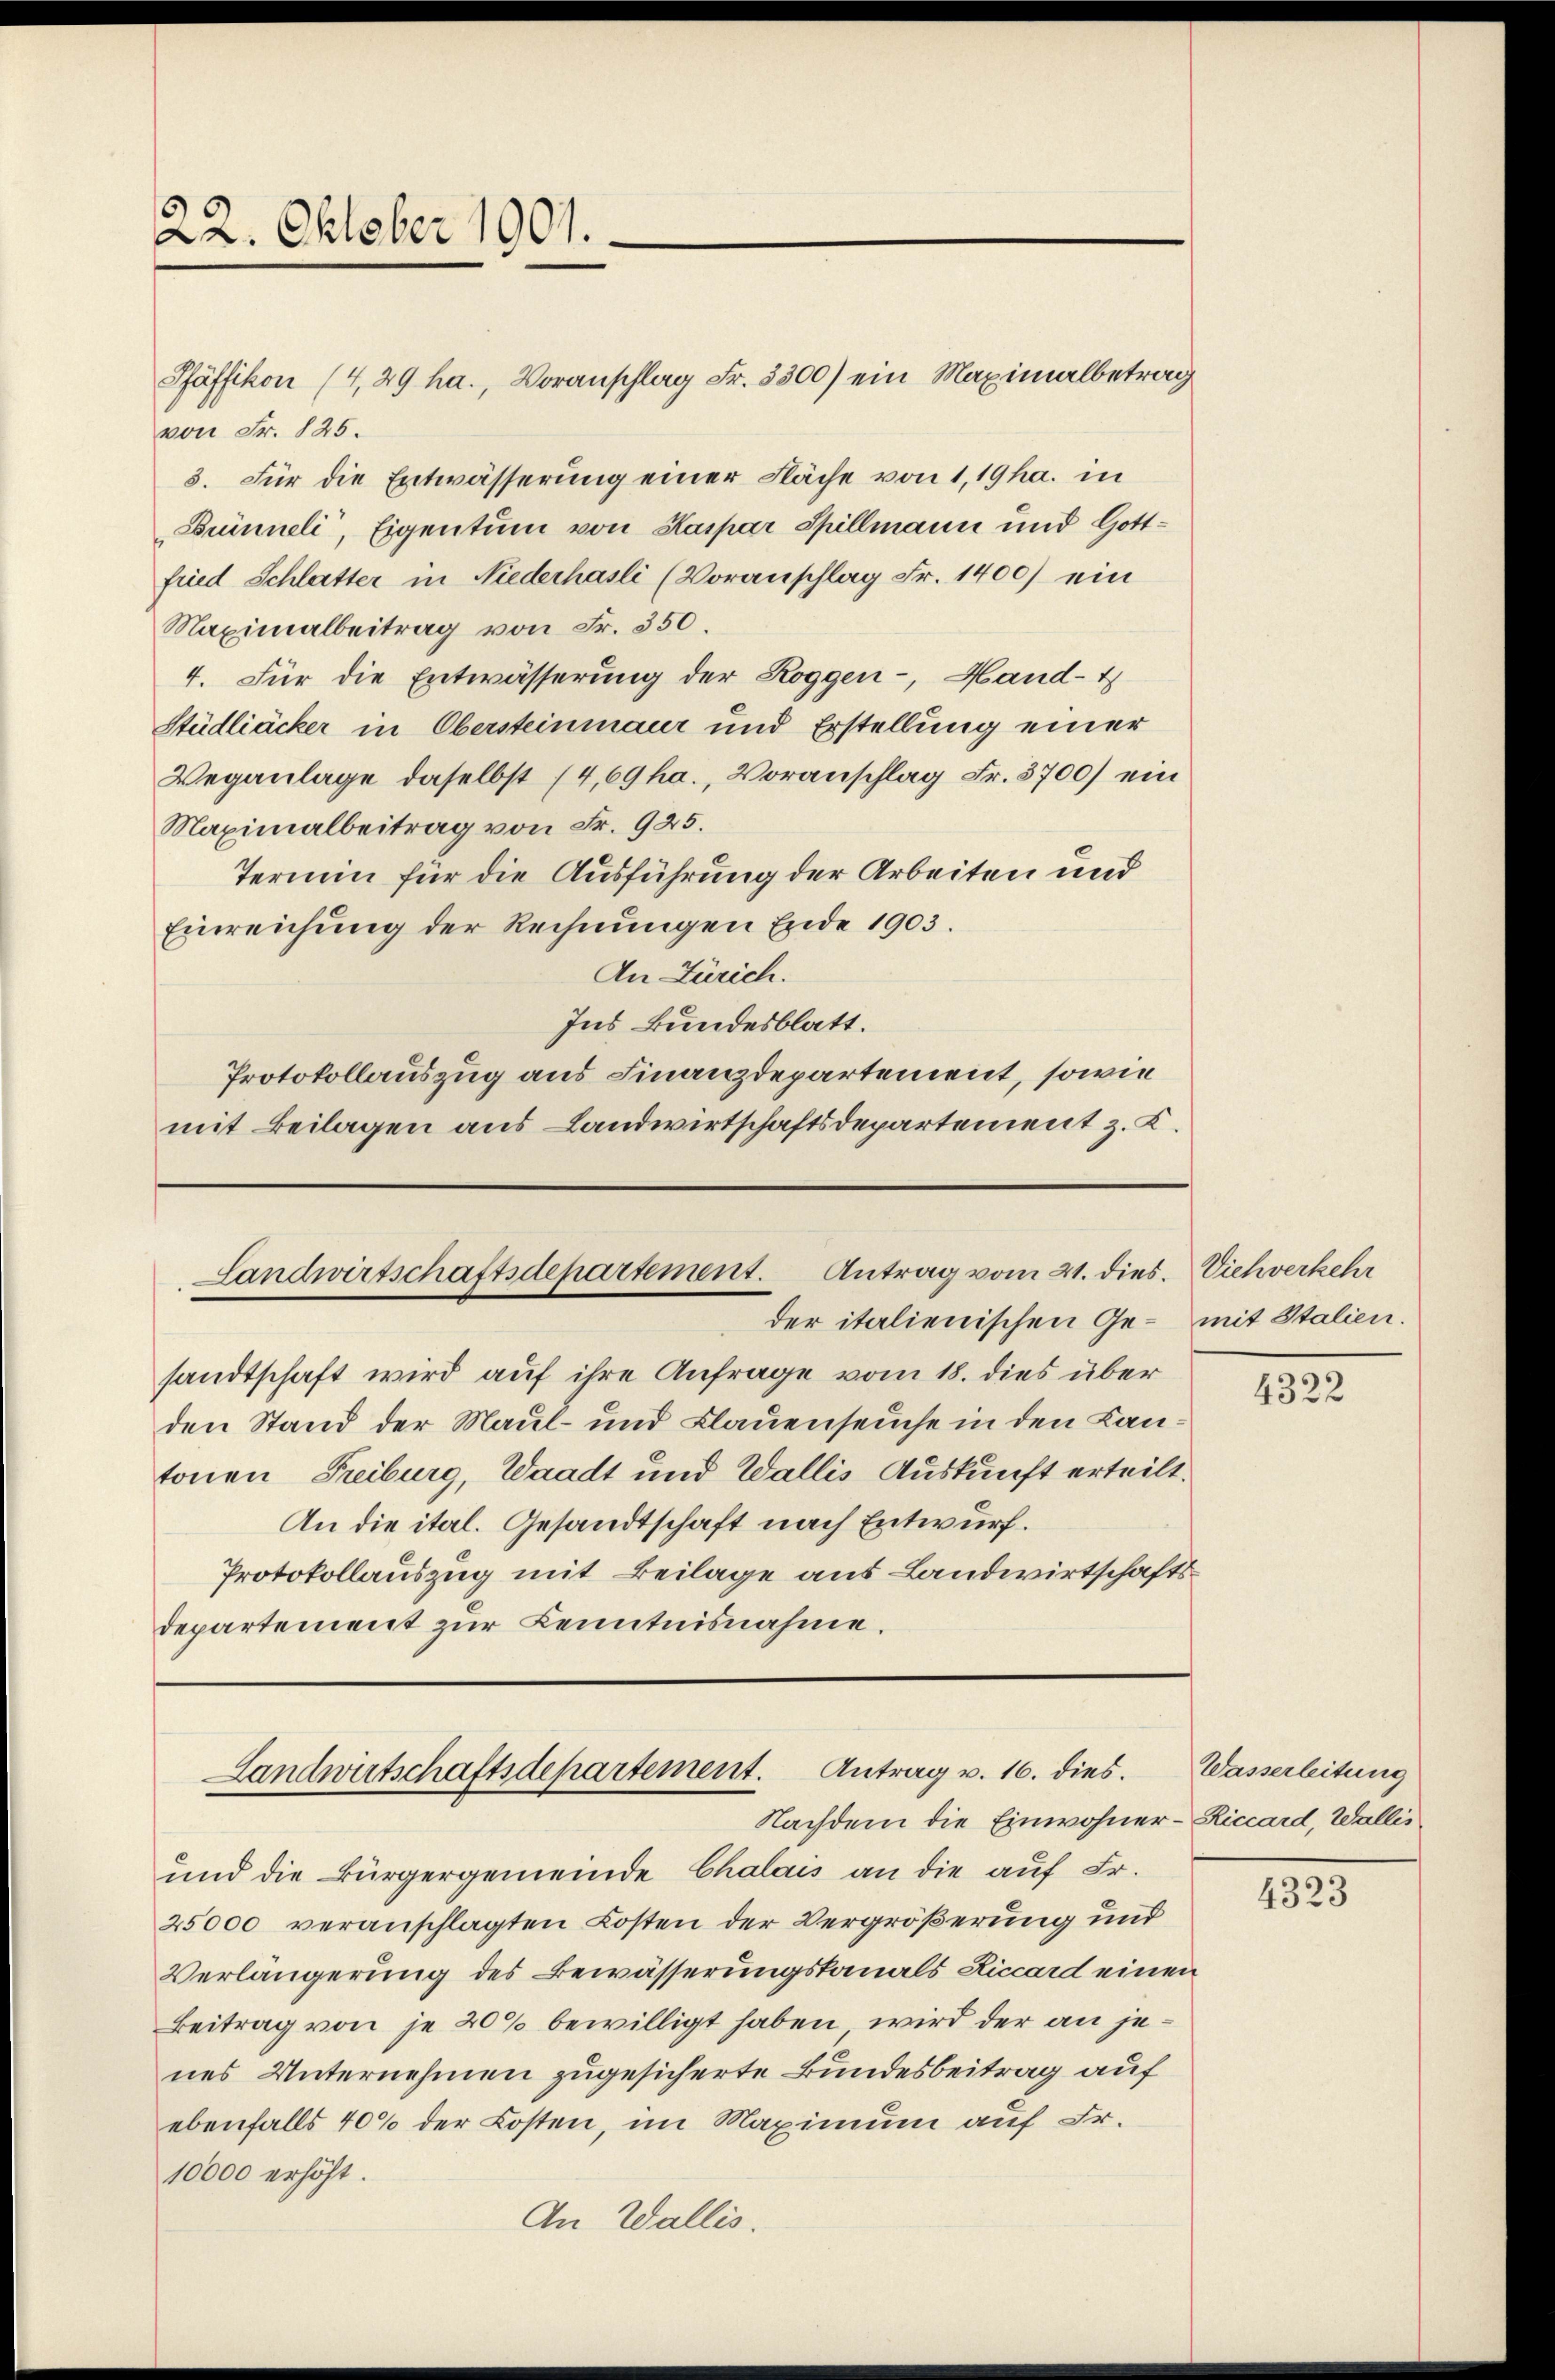
22. Oktober 1901.

Pfäffikon (4,29 ha., Voranschlag Fr. 3300) ein Maximalbetrag
von Fr. 825.
3. Für die Entwässerung einer Fläche von 1,19 ha. in
Brineli, Eigentum von Kaspar Spillmann und Gottfried Schlatter in Niederhasli (Voranschlag Fr. 1400) ein
Maximalbeitrag von Fr. 350.
4. Für die Entwässerung der Roggen-, Hand-
Stüdliäcker in Obersteinmaur und Erstellung einer
Weganlage daselbst (4,69ha., Voranschlag Fr. 3700) ein
Maximalbeitrag von Fr. 925.
Termin für die Ausführung der Arbeiten und
Einreichung der Rechnungen Ende 1903.
An Zürich.
Ins Bundesblatt.
Protokollauszug aus Finanzdepartement, sowie
mit Beilagen aus Landwirtschaftsdepartement z. K.

Landwirtschaftsdepartement. Antrag vom 21. dies
der italienischen Ge- mit Italien.

Landwirtschaftsdepartement. Antrag v. 16. dies.
Nachdem die Einwohner-Riccard, Wallis

sandtschaft wird auf ihre Anfrage vom 18. dies über
den Stand der Maul- und Klauenseuche in den Kantonen Freiburg, Waadt und Wallis Auskunft erteilt.
An die ital. Gesandtschaft nach Entwurf.
Protokollauszug mit Beilage aus Landwirtschaftsdepartement zur Kenntnisnahme.

und die Bürgergemeinde Chalais an die auf Fr.
25000 veranschlagten Kosten der Vergrößerung und
Verlängerung des Bewässerungskanals Liccard einen
Beitrag von je 20% bewilligt haben wird der an jenes Unternehmen zugesicherte Bundesbeitrag auf
ebenfalls 40% der Kosten, im Maximum auf Fr.
10000 erhöht.
An Wallis.

Viehverkehr

4322

Wasserleitung

4323